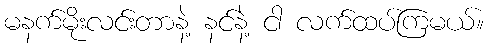
မနက်မိုးလင်းတာနဲ့ နင်နဲ့ ငါ လက်ထပ်ကြမယ်။